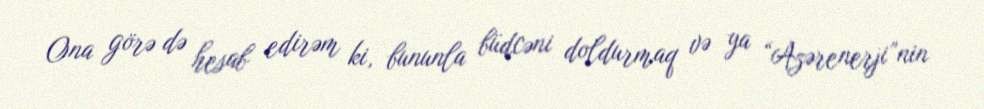
Ona görə də hesab edirəm ki, bununla büdcəni doldurmaq və ya “Azərenerji”nin